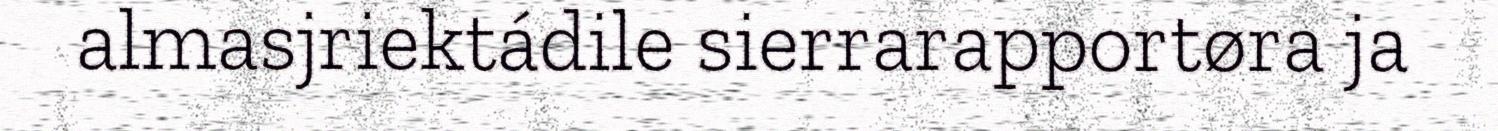
almasjriektádile sierrarapportøra ja